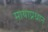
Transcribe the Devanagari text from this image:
मायाप्रधान